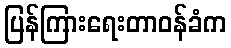
ပြန်ကြားရေးတာဝန်ခံက